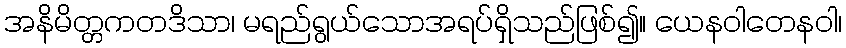
အနိမိတ္တကတဒိသာ၊ မရည်ရွယ်သောအရပ်ရှိသည်ဖြစ်၍။ ယေနဝါတေနဝါ၊